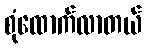
စုံထောက်လာတယ်